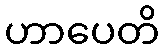
ဟာပေတိ